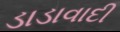
ડાડાવાદી